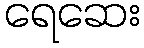
ရေဆေး